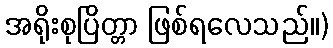
အရိုးစုပြိတ္တာ ဖြစ်ရလေသည်။)